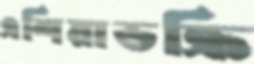
এশিয়াডক্রি